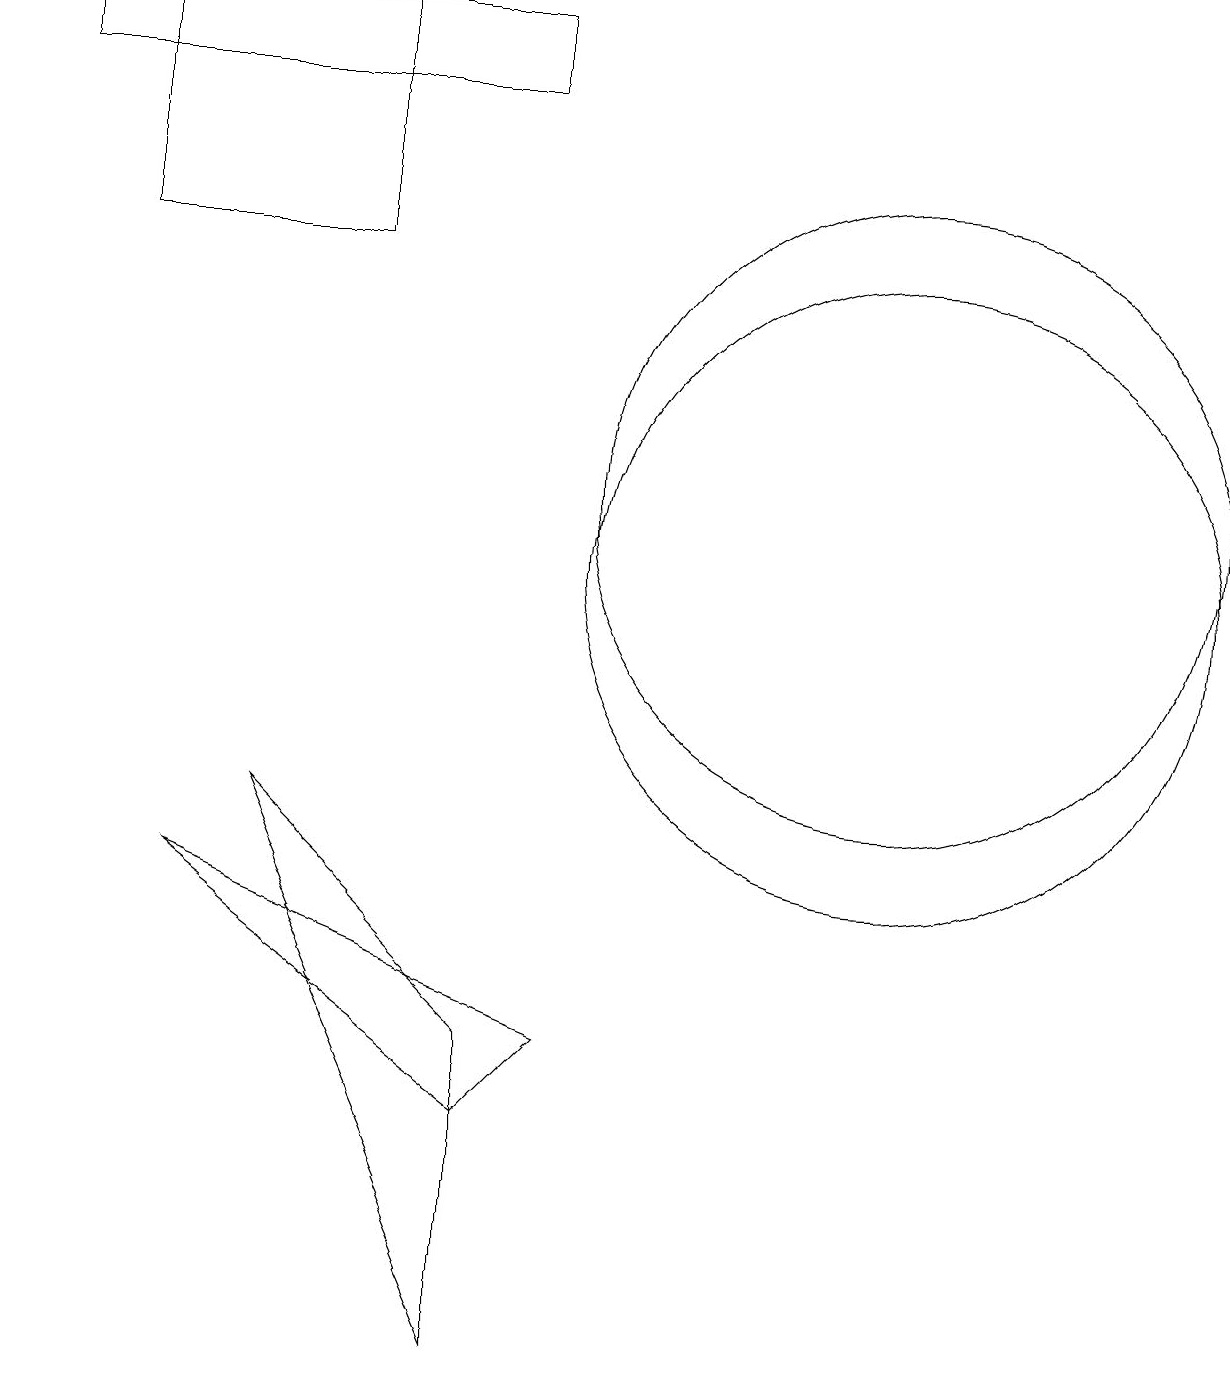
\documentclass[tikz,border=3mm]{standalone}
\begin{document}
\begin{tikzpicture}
\draw (1,17) rectangle (4,14);
\draw (0,16) rectangle (6,17);
\draw (11,11) circle (4);
\draw (7,4) -- (2,6) -- (6,3) -- cycle;
\draw (11,10) circle (4);
\draw (6,4) -- (6,0) -- (3,7) -- cycle;
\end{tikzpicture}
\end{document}